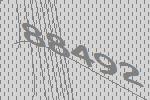
88492